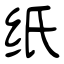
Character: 纸